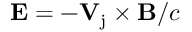
\mathbf { E } = - \mathbf { V _ { \mathrm { j } } } \times \mathbf { B } / c